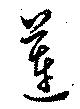
蓮